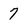
Character: 7